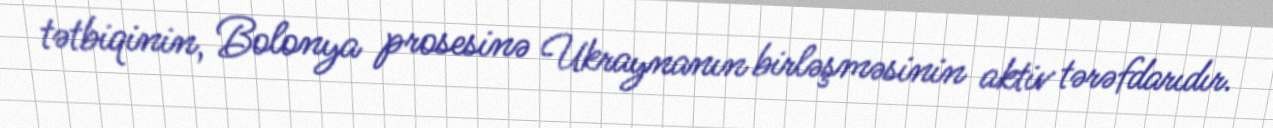
tətbiqinin, Bolonya prosesinə Ukraynanın birləşməsinin aktiv tərəfdarıdır.